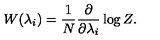
W ( \lambda _ { i } ) = \frac { 1 } { N } \frac { \partial } { \partial \lambda _ { i } } \log Z .